Annual report on the Civil Veterinary Department, Burma (including the Insein Veterinary School) - 1932-1941
Year: 1932
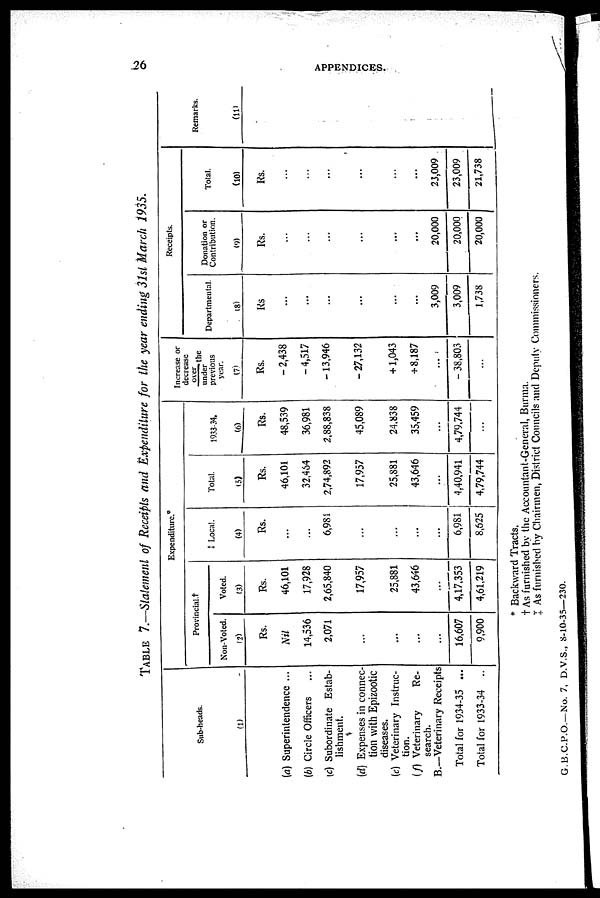
26
APPENDICES.
TABLE 7.—Statement of Receipts and Expenditure for the year ending 31st March 1935.
Sub-heads.
(1)
(a) Superintendence ...
(b) Circle Officers ...
(c) Subordinate Estab-
lishment.
(d) Expenses in connec-
tion with Epizootic
diseases.
(c) Veterinary Instruc-
tion.
(f) Veterinary
Re-
search.
B.—Veterinary Receipts
Total for 1934-35 ...
Total for 1933-34 ...
Expenditure.*
Provincial †
Non Voted.
(2)
Rs.
Nil
14,536
2,071
...
...
...
16,607
9,900
Voted.
(3)
Rs.
46,101
17,928
2,65,840
17,957
25,381
43,646
4,17,353
4,61,219
Local
Rs.
...
...
6,981
...
...
...
6,981
8,625
Total
(5)
Rs.
46,101
32,484
2,74,892
17,957
25,881
43,646
...
4,40,941
4,79,744
1933-34.
(16)
Rs.
48,539
36,981
2,88,838
45,089
24,838
35,459
4,79,744
...
Increase or
decrease
over
the
under
previous
year.
(7)
Rs.
- 2,438
-4,517
-13,946
-27,132
+ 1,043
+ 8,187
- 38,803
...
Departmental
(8)
Rs
...
...
...
...
...
...
3,009
3,009
1,738
Receipts.
Donation or
Contribution.
(9)
Rs.
...
...
...
...
...
...
20,000
20,000
20,000
Total.
(10)
Rs.
...
...
...
...
...
...
23,009
23,009
21,738
Remarks.
(11)
* Backward Tracts.
† As furnished by the Accountant-General, Burma.
‡ As furnished by Chairmen, District Councils and Deputy Commissioners.
G B.C.P.O.- No. 7. D.V.S., 8-10-35—230.